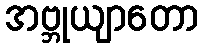
အဗ္ဘုယျာတော